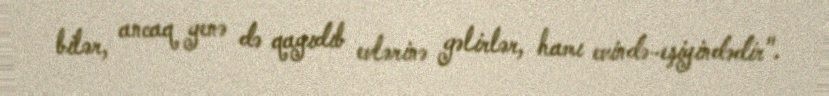
bilər, ancaq yenə də qayıdıb evlərinə gəlirlər, hamı evində-eşiyindədir".